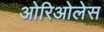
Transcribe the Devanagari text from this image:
ओरिओलेस